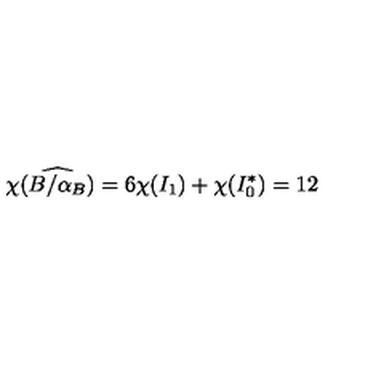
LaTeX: \chi ( \widehat { B / \alpha _ { B } } ) = 6 \chi ( I _ { 1 } ) + \chi ( I _ { 0 } ^ { * } ) = 1 2